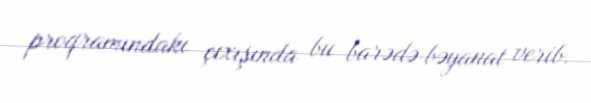
proqramındakı çıxışında bu barədə bəyanat verib.